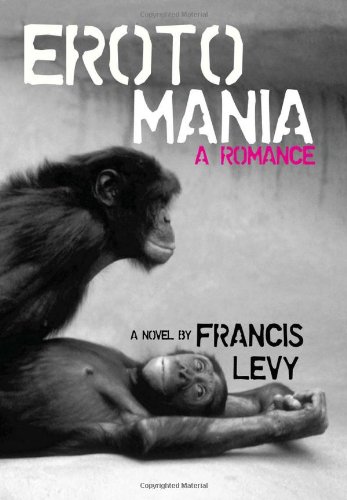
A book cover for Erotomania: A Romance; Francis Levy; Romance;